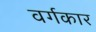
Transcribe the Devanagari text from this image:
वर्गकार